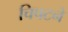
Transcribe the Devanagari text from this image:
चिपटने